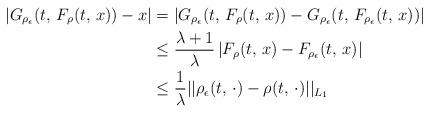
LaTeX: \begin{align*}\left|G_{\rho_{\epsilon}}(t,\,F_{\rho}(t,\,x))-x\right| & =\left|G_{\rho_{\epsilon}}(t,\,F_{\rho}(t,\,x))-G_{\rho_{\epsilon}}(t,\,F_{\rho_{\epsilon}}(t,\,x))\right|\\ & \le\frac{\lambda+1}{\lambda}\left|F_{\rho}(t,\,x)-F_{\rho_{\epsilon}}(t,\,x)\right|\\ & \le\frac{1}{\lambda}||\rho_{\epsilon}(t,\,\cdot)-\rho(t,\,\cdot)||_{L_{1}}\end{align*}